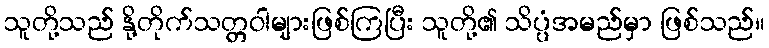
သူတို့သည် နို့တိုက်သတ္တဝါများဖြစ်ကြပြီး သူတို့၏ သိပ္ပံအမည်မှာ ဖြစ်သည်။